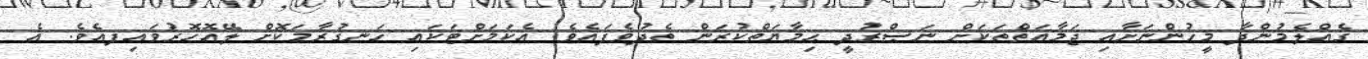
ގެއްލެމުންދާ މީހުންނަށާއި ޖަމާޢަތްތަކަށް ނަޞްރުދީ ޙިމާޔަތްކުރަން ތެދުވެފައެވެ. އެކަމަށްޓަކައި ހަނގުރާމަކޮށް ލޭއޮހޮރުވައިފއެވެ. އެ